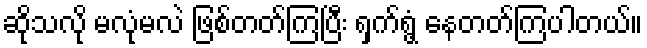
ဆိုသလို မလုံမလဲ ဖြစ်တတ်ကြပြီး ရှက်ရွံ့ နေတတ်ကြပါတယ်။